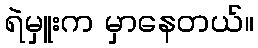
ရဲမှူးက မှာနေတယ်။